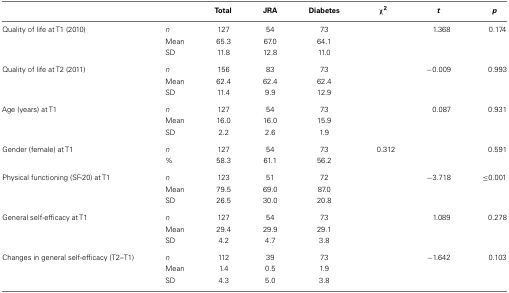
|  |  | Total | JRA | Diabetes | χ2 | t | p |
 | --- | --- | --- | --- | --- | --- | --- | --- |
 | Quality of life at T1 (2010) | n | 127 | 54 | 73 |  | 1.368 | 0.174 |
 |  | Mean | 65.3 | 67.0 | 64.1 |  |
 |  | SD | 11.8 | 12.8 | 11.0 |  |
 | Quality of life at T2 (2011) | n | 156 | 83 | 73 |  | −0.009 | 0.993 |
 |  | Mean | 62.4 | 62.4 | 62.4 |  |
 |  | SD | 11.4 | 9.9 | 12.9 |  |
 | Age (years) at T1 | n | 127 | 54 | 73 |  | 0.087 | 0.931 |
 |  | Mean | 16.0 | 16.0 | 15.9 |  |
 |  | SD | 2.2 | 2.6 | 1.9 |  |
 | Gender (female) at T1 | n | 127 | 54 | 73 | 0.312 |  | 0.591 |
 |  | % | 58.3 | 61.1 | 56.2 |  |
 | Physical functioning (SF-20) at T1 | n | 123 | 51 | 72 |  | −3.718 | ≤0.001 |
 |  | Mean | 79.5 | 69.0 | 87.0 |  |
 |  | SD | 26.5 | 30.0 | 20.8 |  |
 | General self-efficacy at T1 | n | 127 | 54 | 73 |  | 1.089 | 0.278 |
 |  | Mean | 29.4 | 29.9 | 29.1 |  |
 |  | SD | 4.2 | 4.7 | 3.8 |  |
 | Changes in general self-efficacy (T2–T1) | n | 112 | 39 | 73 |  | −1.642 | 0.103 |
 |  | Mean | 1.4 | 0.5 | 1.9 |  |
 |  | SD | 4.3 | 5.0 | 3.8 |  |